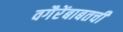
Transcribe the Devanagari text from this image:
वगैरेंबाबतची